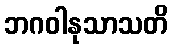
ဘဂဝါနုသာသတိ